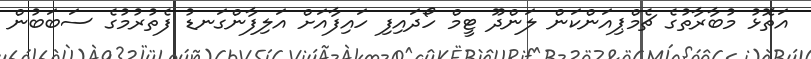
އަތޮޅު މުބާރާތުގެ ޗެމްޕިއަންކަން ލަންދޫ ޓީމް ހޯދައިފި ހައިފާއަށް އަލިފާންގަނޑު ފެތުރުމުގެ ސަބަބުން